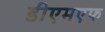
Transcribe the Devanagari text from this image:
डीएमएफ